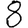
Digit: 8